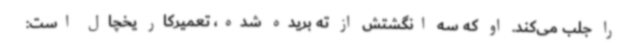
را جلب می‌کند. او که سه انگشتش از ته بریده شده، تعمیرکار یخچال است: